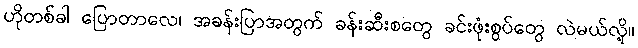
ဟိုတစ်ခါ ပြောတာလေ၊ အခန်းပြာအတွက် ခန်းဆီးစတွေ ခင်းဖုံးစွပ်တွေ လဲမယ်လို့။